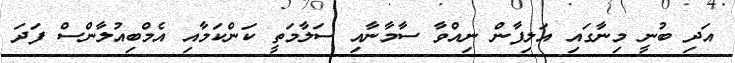
އަދި ބުނީ މިނާގައި އަލިފާން ނިއްވާ ސާމާނާއި ސަލާމަތީ ކަންކަމާއި އެމްބިއުލާންސް ފަދަ